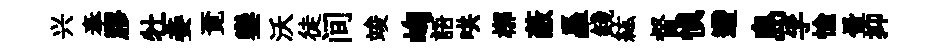
兴奉膠牡妾覔鑾沃徒间竣峋語哄槨蔽矗錢紘督愼遰島孚愉暈抑